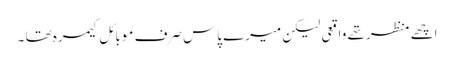
اچھے منظر تھے واقعی لیکن میرے پاس صرف موبائل کیمرہ تھا ۔